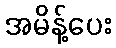
အမိန့်ပေး